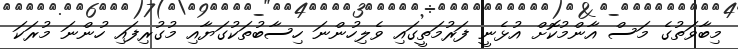
މިބާވަތުގެ މަސް އާންމުކޮށް އުޅެނީ ފަރުމަތީގައި ވެލިހުންނަ ހިސާބުތަކުގަޔާއި މުގުރިފައި ހުންނަ މުރަކަ